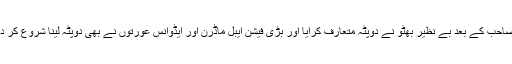
بھٹو صاحب کے بعد بے نظیر بھٹو نے دوپٹہ متعارف کرایا اور بڑی فیشن ایبل ماڈرن اور ایڈوانس عورتوں نے بھی دوپٹہ لینا شروع کر دیا تھا۔